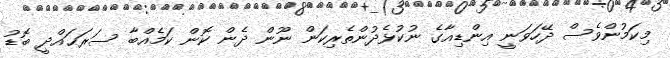
މިކަމުންވެސް ދޭހަވަނީ އިންޑިއާގެ ނުކުޅެދުންތެރިކަން ނޫން ދެން ކޮން ކަމެއްބާ ސަރަޙައްދީ ބޮޑު